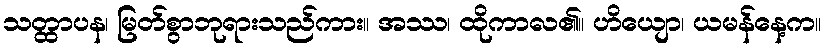
သတ္ထာပန၊ မြတ်စွာဘုရားသည်ကား။ အဿ၊ ထိုကာလ၏။ ဟိယျော၊ ယမန်နေ့က။